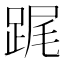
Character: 𨁱